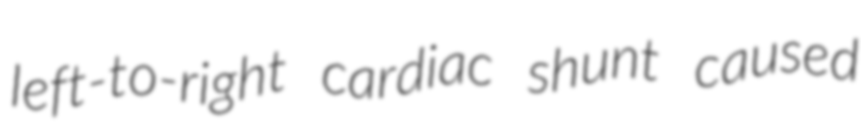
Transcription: left-to-right cardiac shunt caused